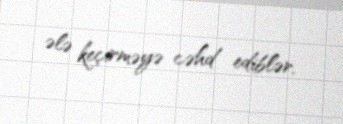
ələ keçirməyə cəhd ediblər.